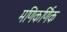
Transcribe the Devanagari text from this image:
मणिकर्णिक